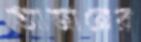
আজানের